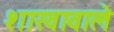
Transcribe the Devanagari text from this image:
शाखावाले